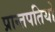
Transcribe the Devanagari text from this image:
प्रान्तपतियो